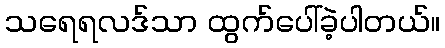
သရေရလဒ်သာ ထွက်ပေါ်ခဲ့ပါတယ်။